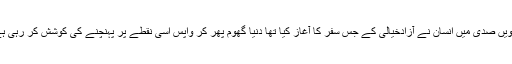
بیسویں صدی میں انسان نے آزادخیالی كے جس سفر كا آغاز كیا تھا دنیا گھوم پھر كر واپس اسی نقطے پر پہنچنے كی كوشش كر رہی ہے ۔